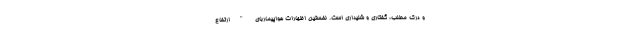
و درک مطلب، گفتاری و شنیداری است. نخستین اظهارات هواپیماربای "ارتفاع